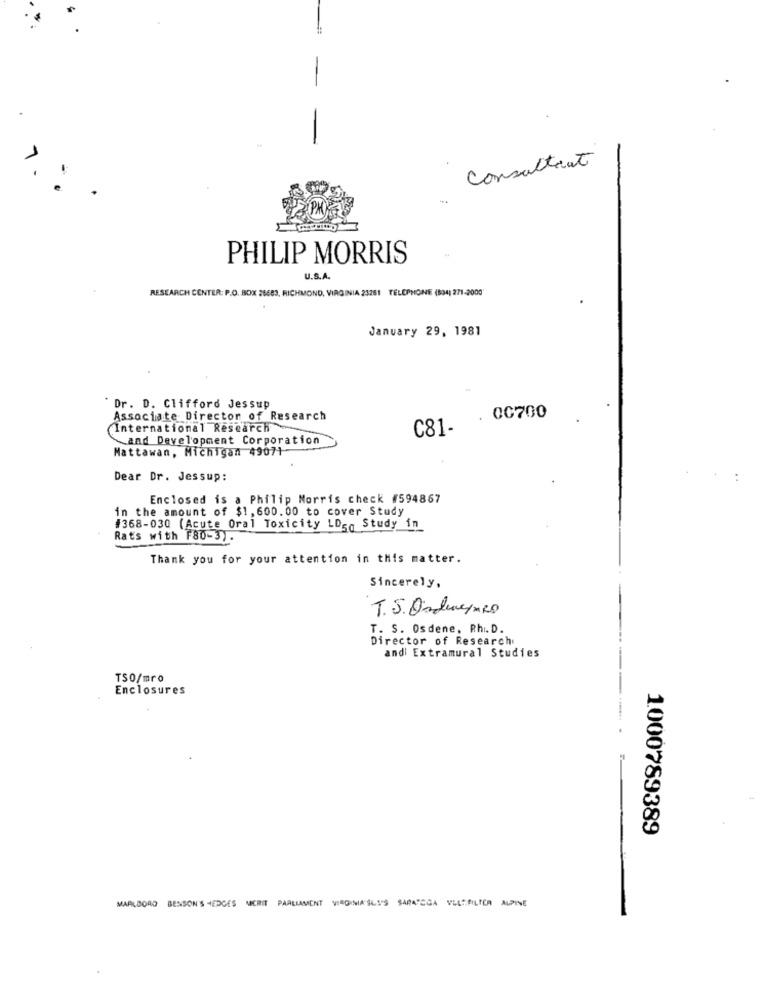
Consultant
1
PM
PHILIP MORRIS
U.S.A.
RESEARCH CENTER: P.O. BOX 26683, RICHMOND, VIRGINIA 23261 TELEPHONE (534) 271-2000'
January 29, 1981
Dr. D. Clifford Jessup
Associate Director of Research
. 00700
International Research
C81-
and Development Corporation
Mattawan, Michigan 49071
Dear Dr. Jessup:
Enclosed is a Philip Morris check #594867
in the amount of $1,600.00 to cover Study
#368-030 (Acute Oral Toxicity LDg, Study in
Rats with F80-3).
Thank you for your attention in this matter.
Sincerely,
T.S. OrdunymRD
T. S. Osdene, Rhi. D.
Director of Research
andi Extramural Studies
TSO/mro
Enclosures
1000789389
MARLBORO BENSON'S HEDGES MERIT PARLIAMENT VIRGINIA SUS'S SARATOGA VLLTFILTER ALPINE